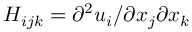
H _ { i j k } = \partial ^ { 2 } u _ { i } / \partial x _ { j } \partial x _ { k }